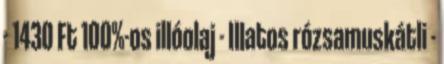
- 1430 Ft 100%-os illóolaj - Illatos rózsamuskátli -